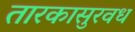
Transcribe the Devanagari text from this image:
तारकासुरवध